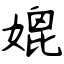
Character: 媲